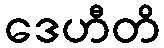
ဒေဟီတိ